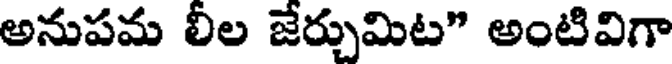
అనుపమ లీల జేర్చుమిట" అంటివిగా